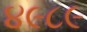
૪૯૮૯